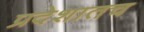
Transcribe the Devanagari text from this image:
प्रदेशातच